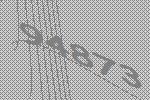
94873